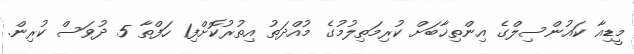
މީޑިއާ ކައުންސިލްގެ އިންތިޚާބަށް ކުރިމަތިލުމުގެ މުއްދަތު އިތުރުކޮށްފި1 ހަފްތާ 5 ދުވަސް ކުރިން.